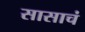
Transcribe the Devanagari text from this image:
सासाचं